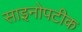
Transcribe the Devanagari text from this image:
साइनोपटीक